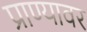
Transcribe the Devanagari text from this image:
प्राण्यावर